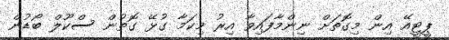
ޕީޓީއޭ އިން މިގޮތަށް ނިންމާފައިވާ އިރު މިކަމާ ގުޅޭ ގޮތުން ސްކޫލް ބޯޑުން